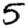
Digit: 5